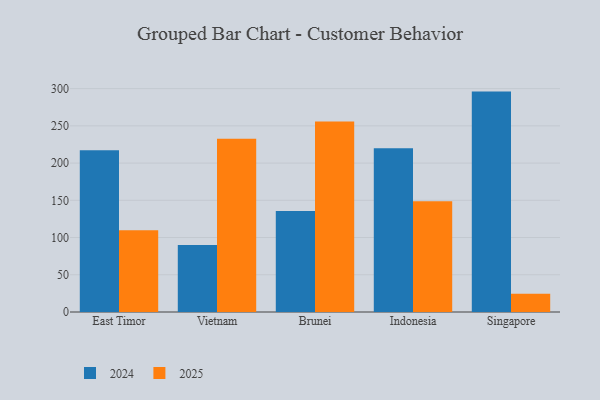
{"axis": {"x": "Country", "y": "Inventory Turnover"}, "legend": ["2024", "2025"], "data": [{"x": "East Timor", "y": 109.7, "type": "2025"}, {"x": "East Timor", "y": 217.2, "type": "2024"}, {"x": "Vietnam", "y": 232.8, "type": "2025"}, {"x": "Vietnam", "y": 90.0, "type": "2024"}, {"x": "Brunei", "y": 255.9, "type": "2025"}, {"x": "Brunei", "y": 135.5, "type": "2024"}, {"x": "Indonesia", "y": 148.7, "type": "2025"}, {"x": "Indonesia", "y": 220.0, "type": "2024"}, {"x": "Singapore", "y": 24.6, "type": "2025"}, {"x": "Singapore", "y": 296.0, "type": "2024"}]}